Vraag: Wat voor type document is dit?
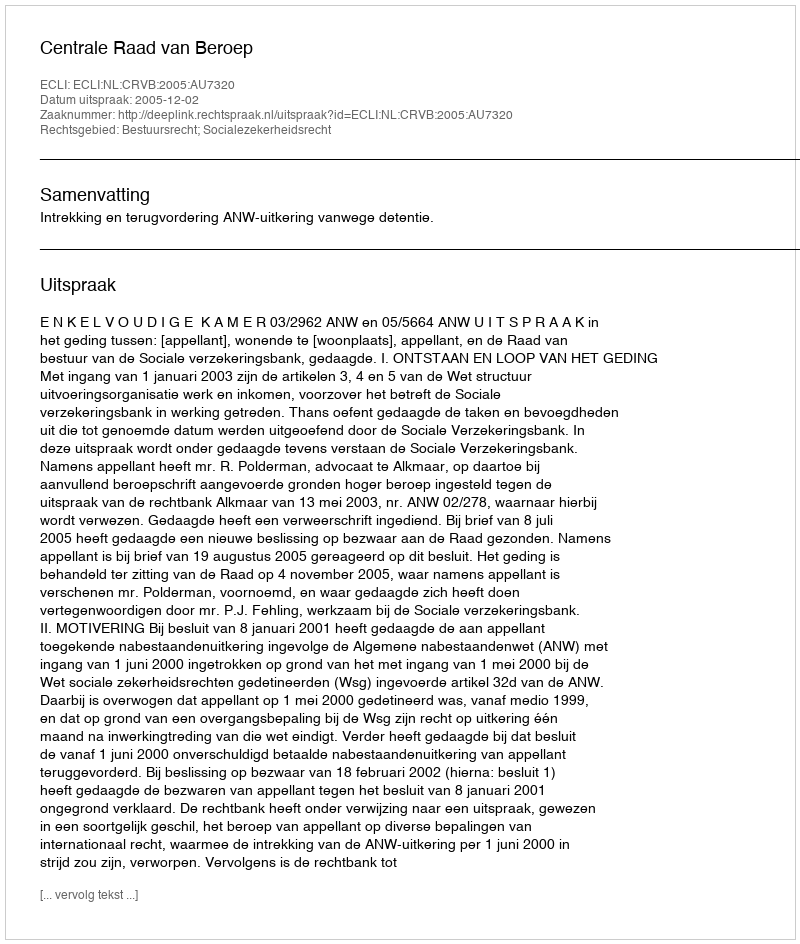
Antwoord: Uitspraak